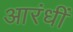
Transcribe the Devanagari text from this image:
आरंधीं